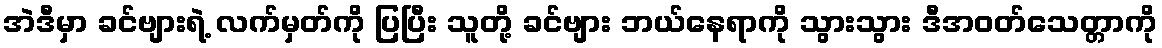
အဲဒီမှာ ခင်ဗျားရဲ့ လက်မှတ်ကို ပြပြီး သူတို့ ခင်ဗျား ဘယ်နေရာကို သွားသွား ဒီအဝတ်သေတ္တာကို